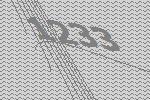
1233